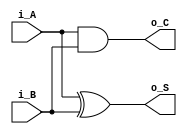
module half_adder_v (
  input i_A,
  input i_B,
  output o_S,
  output o_C
  );

  xor(o_S, i_A, i_B);
  and(o_C, i_A, i_B);

endmodule //half_adder